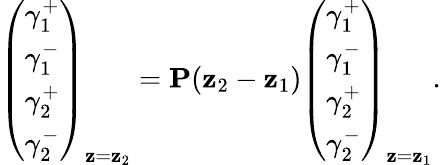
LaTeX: \left(\begin{array}{c}{\gamma_{1}^{+}}\\ {\gamma_{1}^{-}}\\ {\gamma_{2}^{+}}\\ {\gamma_{2}^{-}}\end{array}\right)_{\mathbf{z}=\mathbf{z}_{2}}=\mathbf{{P}}(\mathbf{z}_{2}-\mathbf{z}_{1})\left(\begin{array}{c}{\gamma_{1}^{+}}\\ {\gamma_{1}^{-}}\\ {\gamma_{2}^{+}}\\ {\gamma_{2}^{-}}\end{array}\right)_{\mathbf{z}=\mathbf{z}_{1}}.